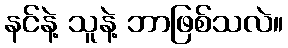
နင်နဲ့ သူနဲ့ ဘာဖြစ်သလဲ။